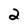
Character: 2